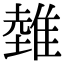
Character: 𨿲